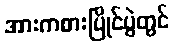
အားကစားပြိုင်ပွဲတွင်